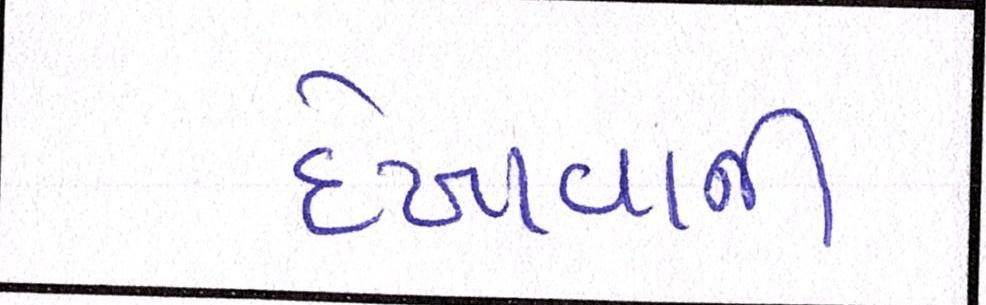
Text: દેખાવાની